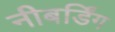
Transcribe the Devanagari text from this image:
नीबर्डिंग